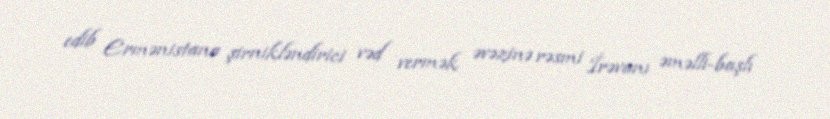
edib Ermənistana şirnikləndirici vəd vermək əvəzinə rəsmi İrəvanı əməlli-başlı